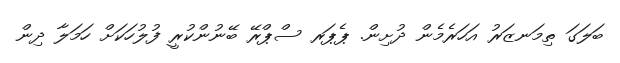
ބަލަގަ ތިމަނޒަރު އަހަރެމެން ދުށިން. ޕެޕަރ ސްޕްރޭ ބޭނުންކުރީ ފުލުހަކަށް ހަމަލާ ދިން